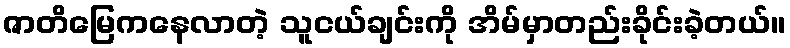
ဇာတိမြေကနေလာတဲ့ သူငယ်ချင်းကို အိမ်မှာတည်းခိုင်းခဲ့တယ်။